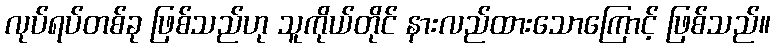
လုပ်ရပ်တစ်ခု ဖြစ်သည်ဟု သူကိုယ်တိုင် နားလည်ထားသောကြောင့် ဖြစ်သည်။